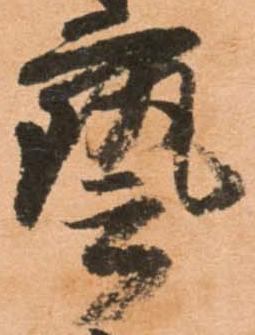
藝